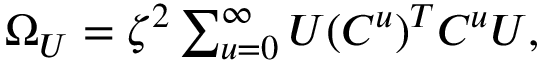
\begin{array} { r } { \Omega _ { U } = \zeta ^ { 2 } \sum _ { u = 0 } ^ { \infty } { U ( C ^ { u } ) ^ { T } C ^ { u } U } , } \end{array}